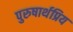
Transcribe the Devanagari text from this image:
पुरुषार्थप्रिय